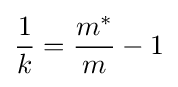
{\frac {1}{k}}={\frac {m^{*}}{m}}-1